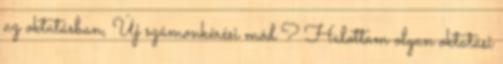
az oktatásban, Új számonkérési mód ? Halottam olyan oktatási